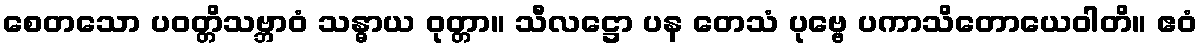
စေတသော ပဝတ္တိသဗ္ဘာဝံ သန္ဓာယ ဝုတ္တာ။ သီလဋ္ဌော ပန တေသံ ပုဗ္ဗေ ပကာသိတောယေဝါတိ။ ဧဝံ